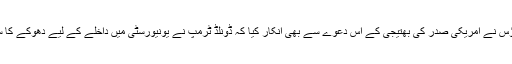
وائٹ ہاؤس نے امریکی صدر کی بھتیجی کے اس دعوے سے بھی انکار کیا کہ ڈونلڈ ٹرمپ نے یونیورسٹی میں داخلے کے لیے دھوکے کا سہارا لیا۔